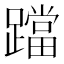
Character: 𨆉